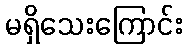
မရှိသေးကြောင်း